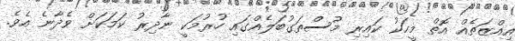
އިއްޒަތެއް އޮތް މީހަކު ކައިރި މުސްތަގުބަލެއްގައި ހުރުމަކީ ނާދިރު ކަމަކަށް ވެދާނެ އެވެ.